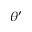
\theta ^ { \prime }